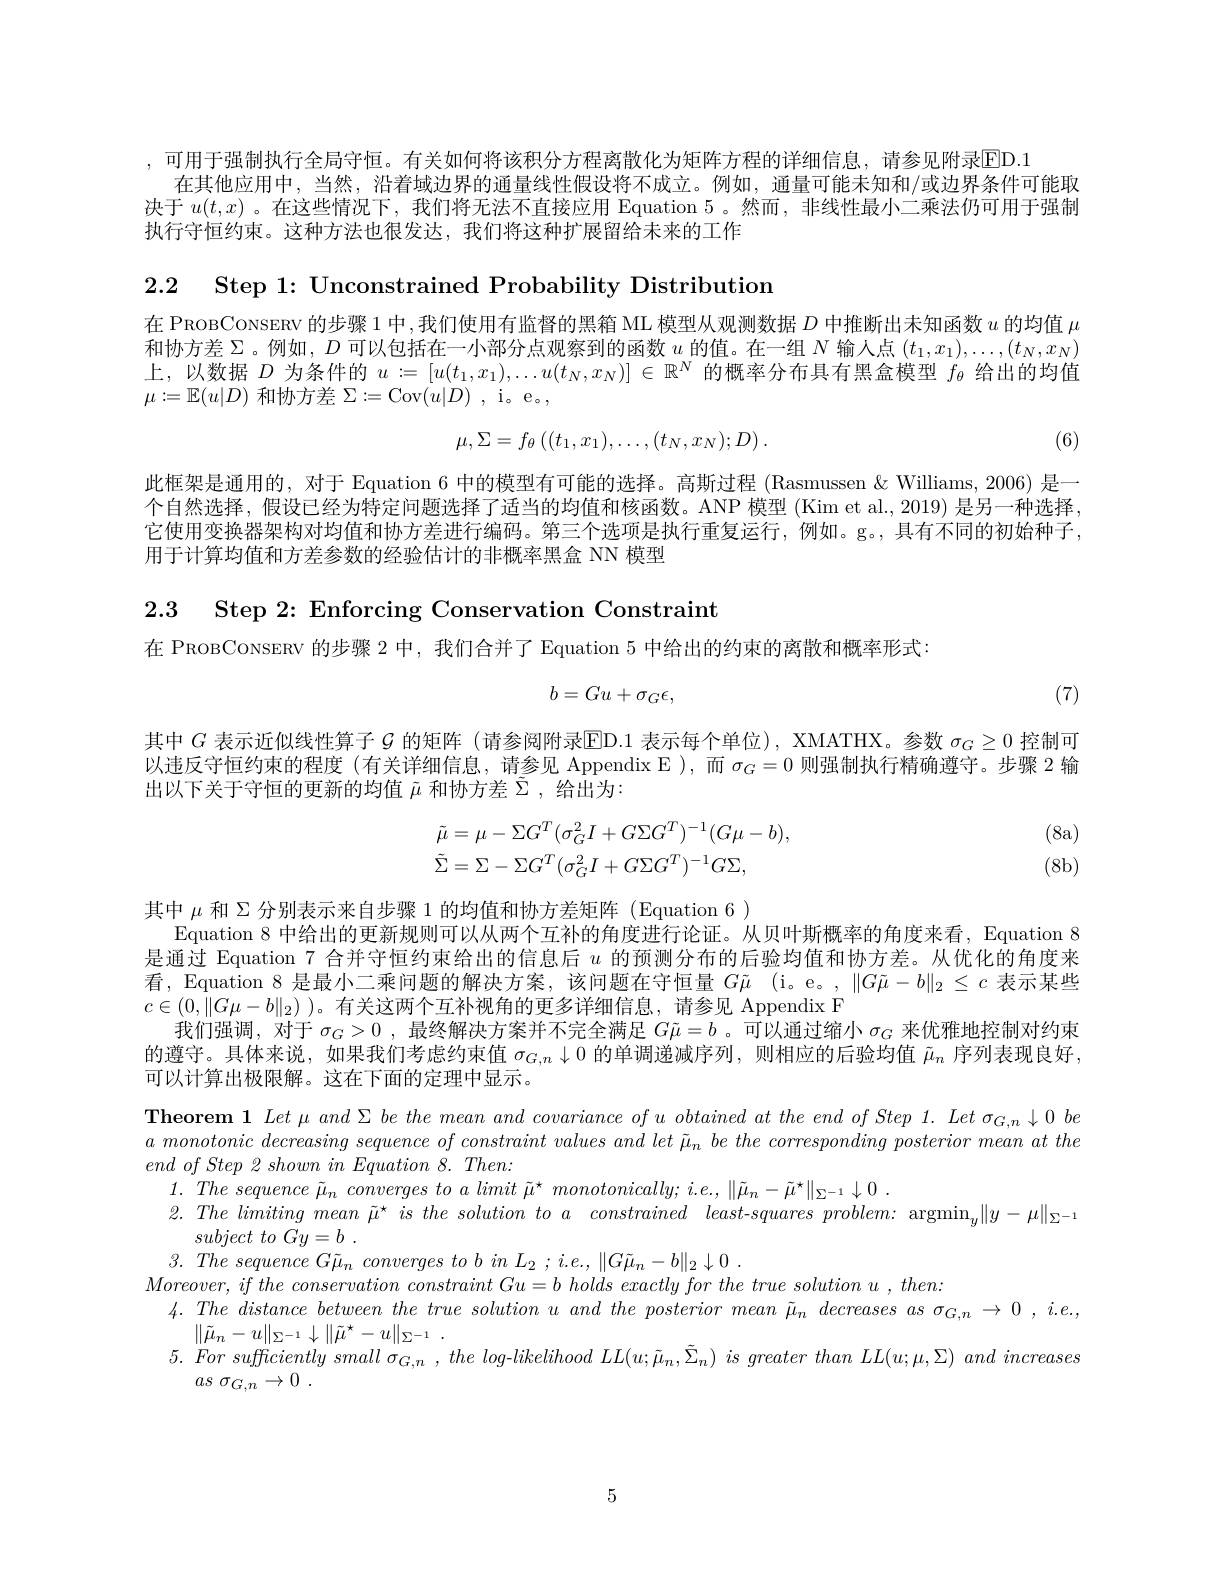
,可用于强制执行全局守恒。有关如何将该积分方程离散化为矩阵方程的详细信息，请参见附录$\overline{\mathrm{ED}}.1$
在其他应用中，当然，沿着域边界的通量线性假设将不成立。例如，通量可能未知和/或边界条件可能取决于$u(t,x)$ 。在这些情况下，我们将无法不直接应用 Equation 5。然而，非线性最小二乘法仍可用于强制执行守恒约束。这种方法也很发达，我们将这种扩展留给未来的工作

2.2 Step 1: Unconstrained Probability Distribution

在 PROBCONSERV 的步骤 1 中，我们使用有监督的黑箱 ML 模型从观测数据$D$中推断出未知函数$u$的均值$\mu$ 和协方差$\Sigma$。例如，$D$可以包括在一小部分点观察到的函数$u$ 的值。在一组 $N$ 输人点 $(t_1,x_1),\ldots,(t_N,x_N)$ 上，以数据$D$为条件的$u:=[u(t_1,x_1),\ldots u(t_N,x_N)]\in\mathbb{R}^N$的概率分布具有黑盒模型$f_\theta$给出的均值$\mu:=\mathbb{E}(u|D)$和协方差$\Sigma:=$Cov$(u|D)$ , i。e。,
$$\mu,\Sigma=f_\theta\left((t_1,x_1),\dots,(t_N,x_N);D\right).$$
(6)

此框架是通用的，对于 Equation 6 中的模型有可能的选择。高斯过程 (Rasmussen &Williams, 2006) 是一个自然选择，假设已经为特定问题选择了适当的均值和核函数。ANP 模型 (Kim et al., 2019) 是另一种选择， 它使用变换器架构对均值和协方差进行编码。第三个选项是执行重复运行，例如。g。,具有不同的初始种子， 用于计算均值和方差参数的经验估计的非概率黑盒 NN 模型

2.3 Step 2: Enforcing Conservation Constraint

在 PROBCONSERV 的步骤 2 中，我们合并了 Equation 5 中给出的约束的离散和概率形式：
$$b=Gu+\sigma_G\epsilon,$$
(7)

其中$G$表示近似线性算子$\mathcal{G}$的矩阵 (请参阅附录$\operatorname{ED.1}$表示每个单位), XMATHX。参数$\sigma_G\geq0$控制可以违反守恒约束的程度 (有关详细信息，请参见 Appendix E ),而$\sigma_G=0$则强制执行精确遵守。步骤 2 输出以下关于守恒的更新的均值$\tilde{\mu}$和协方差$\tilde{\Sigma}$,给出为：
$$\begin{aligned}\tilde{\mu}&=\mu-\Sigma G^T(\sigma_G^2I+G\Sigma G^T)^{-1}(G\mu-b),\\\tilde{\Sigma}&=\Sigma-\Sigma G^T(\sigma_G^2I+G\Sigma G^T)^{-1}G\Sigma,\end{aligned}$$
(8a) (8b)

其中$\mu$和 Σ分别表示来自步骤 1 的均值和协方差矩阵(Equation 6)

Equation 8 中给出的更新规则可以从两个互补的角度进行论证。从贝叶斯概率的角度来看，Equation 8

是通过 Equation 7 合并守恒约束给出的信息后$u$的预测分布的后验均值和协方差。从优化的角度来

看，Equation 8 是最小二乘问题的解决方案，该问题在守恒量$G\tilde{\mu }$ (i。e。,$\|G\tilde{\mu}-b\|_2\leq c$表示某些

$c\in(0,\|G\mu-b\|_2)$ )。有关这两个互补视角的更多详细信息，请参见 Appendix F

我们强调，对于$\sigma_G>0$ ,最终解决方案并不完全满足$G\tilde{\mu}=b$ 。可以通过缩小$\sigma_G$来优雅地控制对约束

的遵守。具体来说，如果我们考虑约束值$\sigma_{G,n}\downarrow0$的单调递减序列，则相应的后验均值$\tilde{\mu}_n$序列表现良好，

可以计算出极限解。这在下面的定理中显示。

Theorem $1\textit{Let and be the mean and covariance of u obtained at the end of Step 1. Let }_{G, n}\downarrow 0\textit{be}$ $a$ monotonic decreasing sequence of constraint values and let $\tilde{\mu}_n$ be the corresponding posterior mean at the $end\textit{ of Step 2 shown in Equation 8. Then: }$
$1. \textit{ The sequence }\tilde{\mu } _{n}\textit{ converges to a limit }\tilde{\mu } ^{\star }\textit{ monotonically;  i. e. ,  }\| \tilde{\mu } _{n}- \tilde{\mu } ^{\star }\| _{\Sigma ^{- 1}}\downarrow 0$ .
$2. The\textit{limiting mean }\tilde{\mu } ^{\star }\textit{ is the solution to a constrained least- squares problem:  argmin}_{y}\| y- \mu \| _{\Sigma ^{- 1}}$
subject $to$ $Gy= b$ .
$3. \textit{ The sequence G}\tilde{\mu } _{n}\textit{ converges to b in L}_{2}$ ; i.e., $\|G\tilde{\mu}_{n}-b\|_{2}\downarrow0.$
$Moreover,ifthe~conservation~constraint~Gu=b~holds~exactly~for~the~true~solution~u~,~then.$
$4. \textit{The distance between the true solution u and the posterior mean }\tilde{\mu } _{n}\textit{ decreases as }\sigma _{G, n}\to 0, i. e. $,
$\| \tilde{\mu } _{n}- u\| _{\Sigma ^{- 1}}\downarrow \| \tilde{\mu } ^{\star }- u\| _{\Sigma ^{- 1}}$ .
$5. \textit{For sufficiently small σ }_{G, n}$ , the $log- likelihood$ $LL( u; \tilde{\mu } _{n}, \tilde{\Sigma } _{n})$ $is$ greater than $LL( u; \mu , \Sigma )$ and increases
$as$ $\sigma _{G, n}\to 0$ .

5